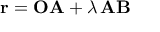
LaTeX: \mathbf { r } = \mathbf { O A } + \lambda \, \mathbf { A B }